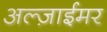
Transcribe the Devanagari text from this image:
अल्ज़ाईमर